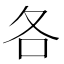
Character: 各